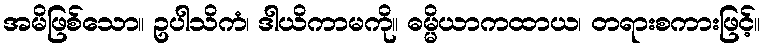
အမိဖြစ်သော။ ဥပါသိကံ၊ ဒါယိကာမကို။ ဓမ္မိယာကထာယ၊ တရားစကားဖြင့်။